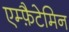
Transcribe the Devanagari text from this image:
एम्फ़ैटेमिन